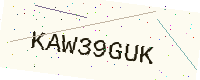
Text: KAW39GUK